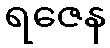
ရဇေန